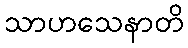
သာဟသေနာတိ